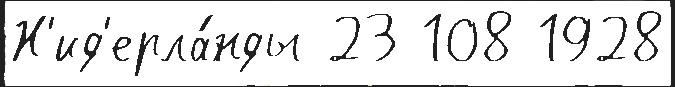
Н'ид'ерла́нды 23 108 1928